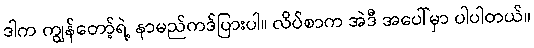
ဒါက ကျွန်တော့်ရဲ့ နာမည်ကဒ်ပြားပါ။ လိပ်စာက အဲဒီ အပေါ်မှာ ပါပါတယ်။